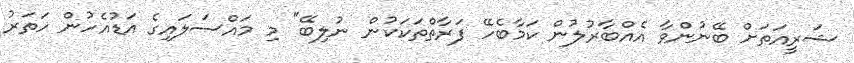
ޝަރީއަތަށް ބޭނުންވާ އެއްބާރުލުން ކަމާބެހޭ ފަރާތްތަކަކުން ނުލިބޭ" މި މައްސަލައިގެ އަޑުއެހުން ހަތަރު